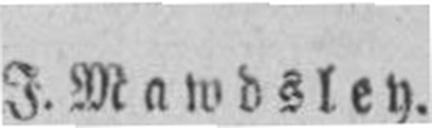
J. Mawdsley.